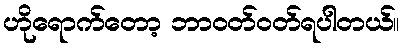
ဟိုရောက်တော့ ဘာဝတ်ဝတ်ရပါတယ်။